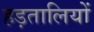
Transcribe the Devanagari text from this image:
हड़तालियों